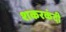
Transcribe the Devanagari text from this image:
शकरकंदी